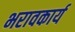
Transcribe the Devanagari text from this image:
भरावकार्य